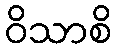
ဝိသာစိ